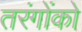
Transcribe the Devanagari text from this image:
तरंगोंको